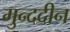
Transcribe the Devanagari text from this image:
मुन्ददीन